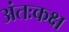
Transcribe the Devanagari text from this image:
अंतःकक्ष